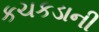
કચકડાની